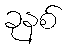
ခုနစ်